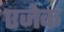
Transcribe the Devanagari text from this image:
एजेक